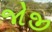
જોજી